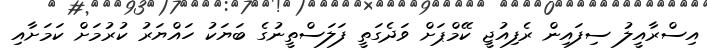
އިސްރާއީލު ސިފައިން ރެފިއުޖީ ކޭމްޕަށް ވަދެގަތީ ފަލަސްތީނުގެ ބަޔަކު ހައްޔަރު ކުރުމަށް ކަމަށާއި